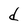
Character: d